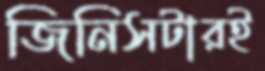
জিনিসটারই